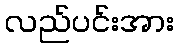
လည်ပင်းအား